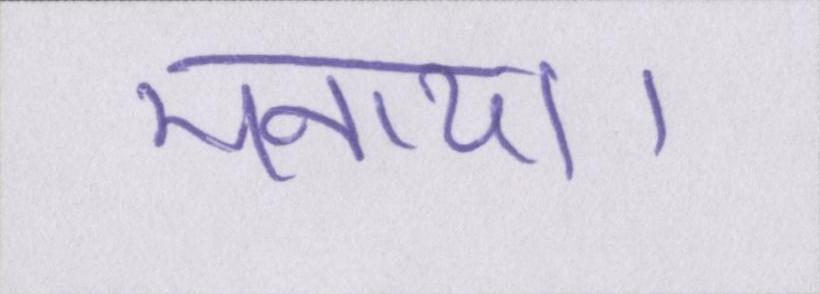
मनाया।